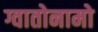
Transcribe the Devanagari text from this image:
ग्वातोनामो